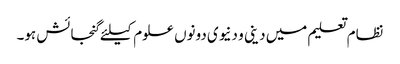
نظام تعلیم میں دینی و دنیوی دونوں علوم کیلئے گنجائش ہو۔